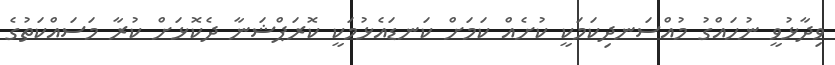
ވިދާޅުވީ ނުހައްގު މުއްސަނދިކަމަކީ ކުށެއް ކަމަށް ކަނޑައެޅުމަކީ ކޮރަޕްޝަނާ ދެކޮޅަށް ކުރާ މަސައްކަތުގެ